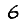
Digit: 6